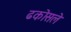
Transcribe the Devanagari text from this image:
ढकोसले